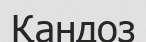
Қандоз